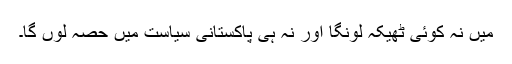
میں نہ کوئی ٹھیکہ لونگا اور نہ ہی پاکستانی سیاست میں حصہ لوں گا۔